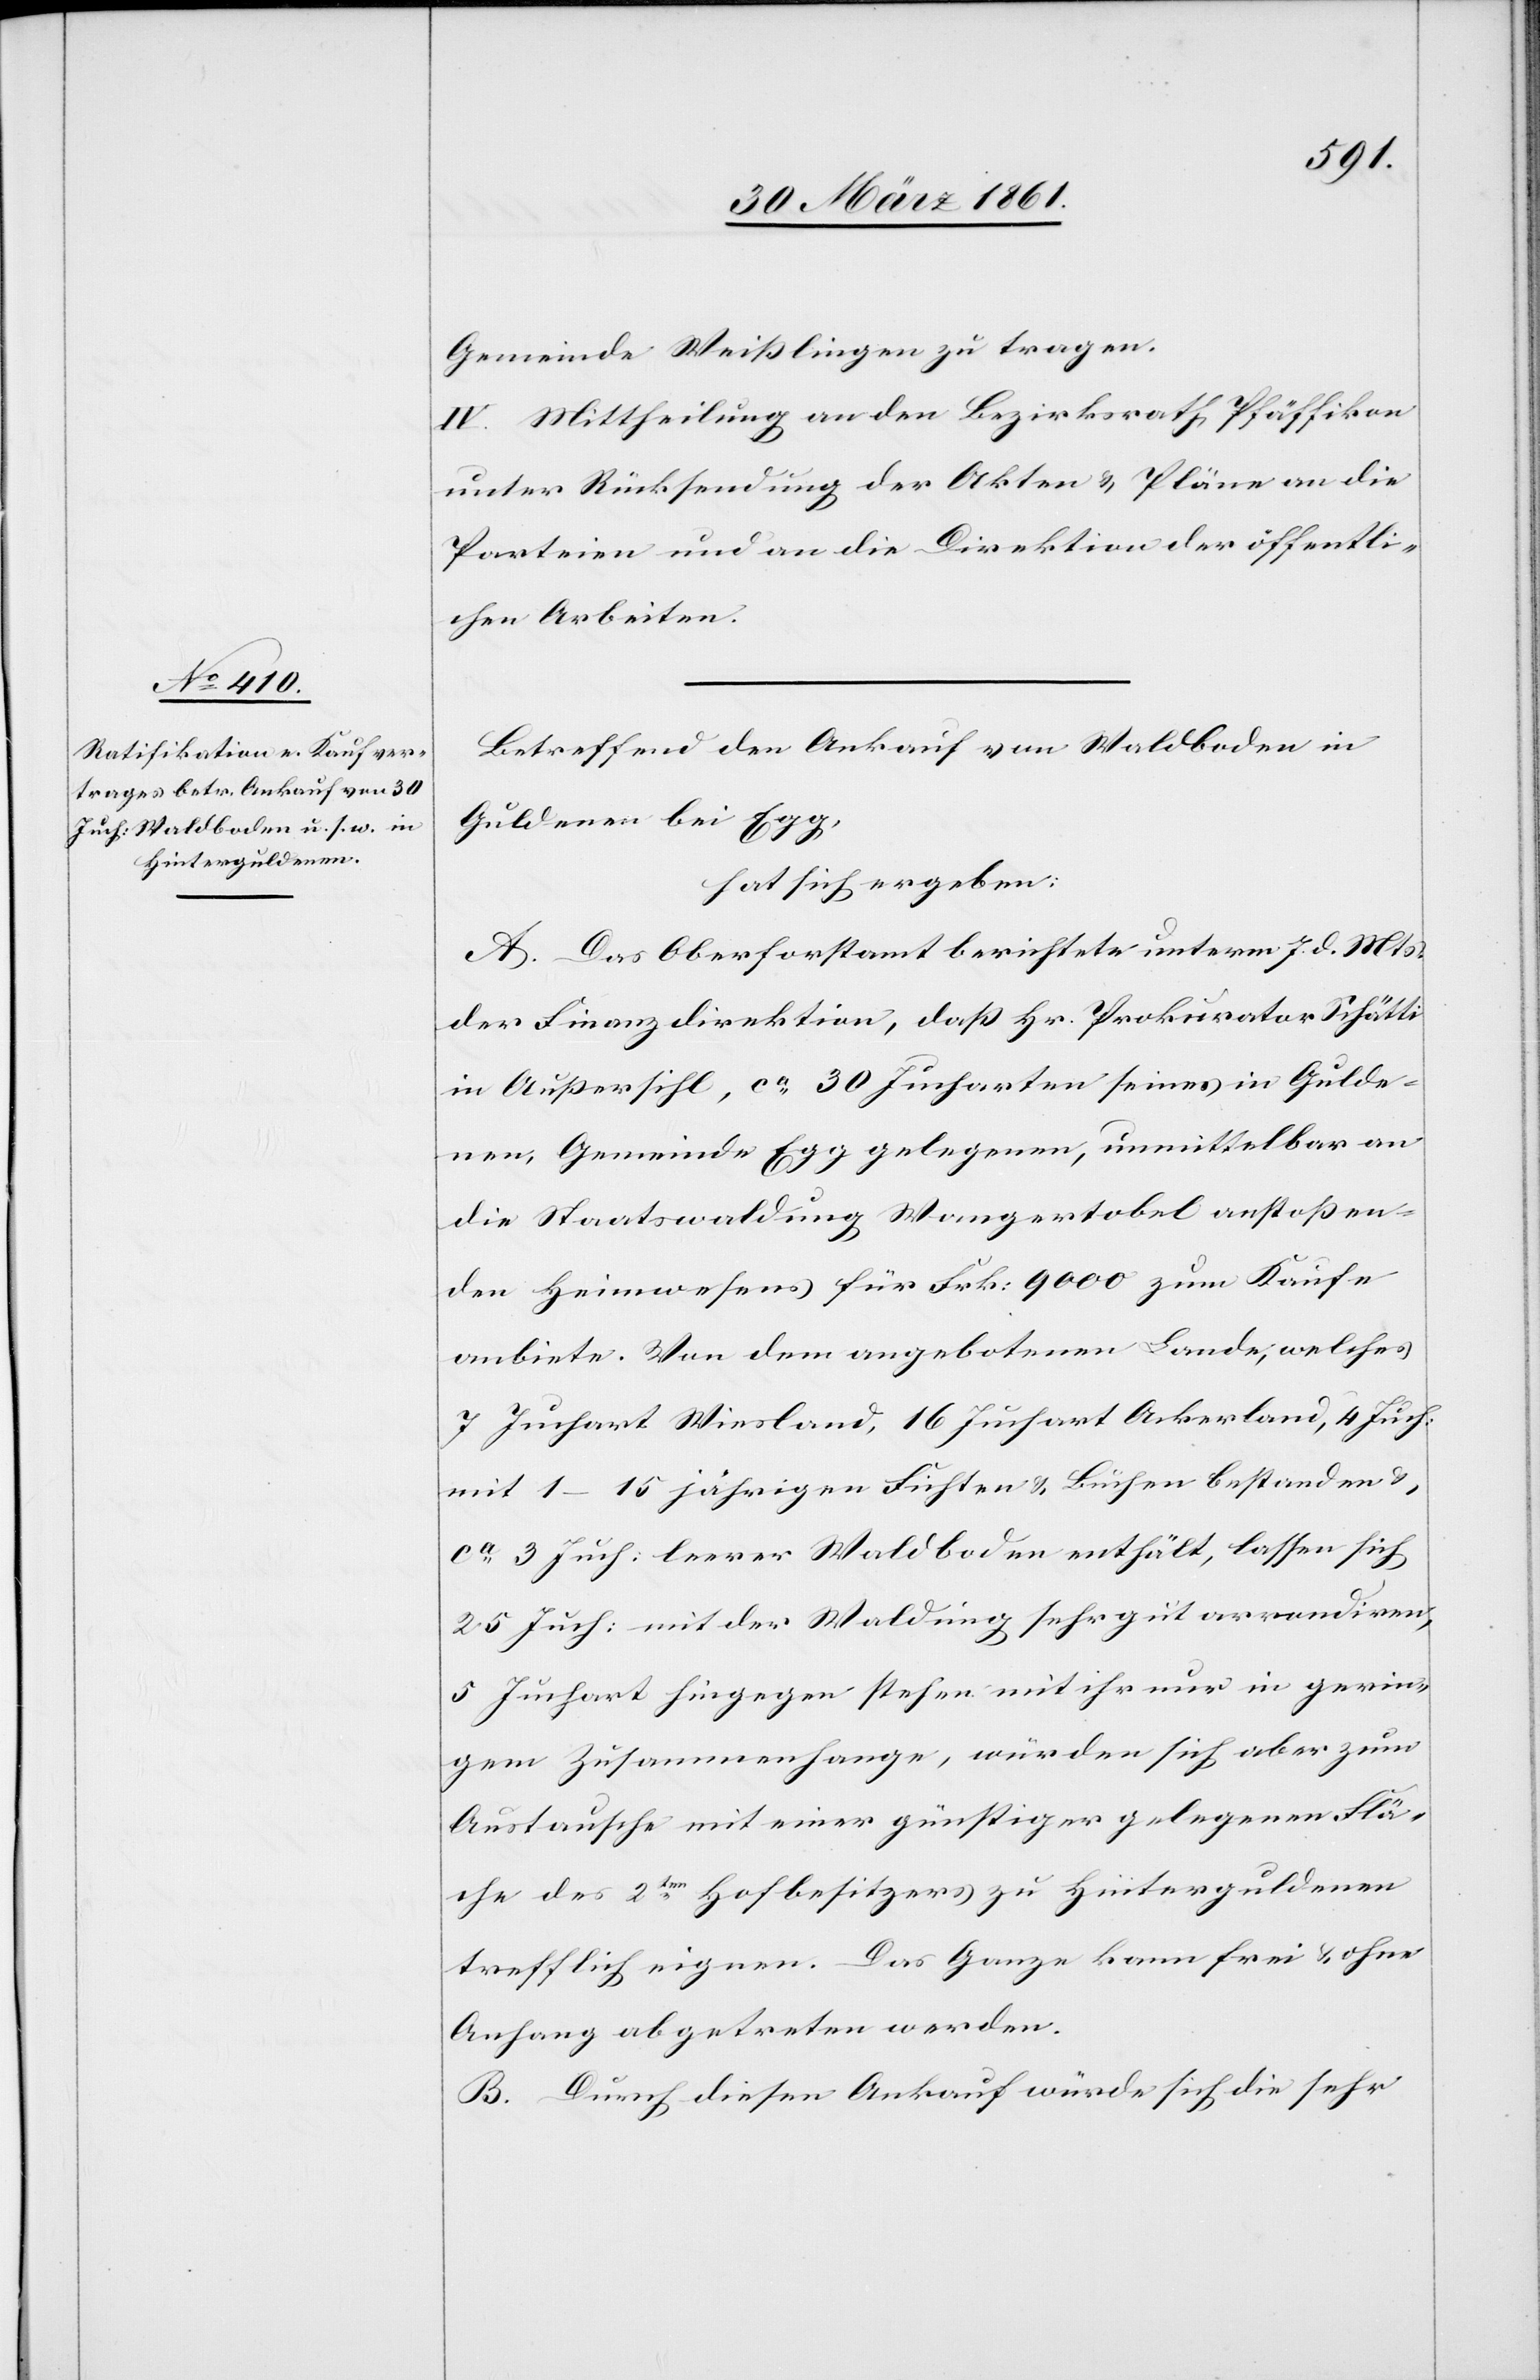
Gemeinde Weißlingen zu tragen.
IV. Mittheilung an den Bezirksrath Pfäffikon
unter Rücksendung der Akten u. Pläne an die
Parteien und an die Direktion der öffentli¬
chen Arbeiten.
Betreffend den Ankauf von Waldboden in
Guldenen bei Egg,
hat sich ergeben:
A. Das Oberforstamt berichtete unterm 7. d. Mts.
der Finanzdirektion, daß Hr. Prokurator Schätti
in Außersihl, ca 30 Jucharten seines in Gulde¬
nen, Gemeinde Egg gelegenen, unmittelbar an
die Staatswaldung Wangertobel anstoßen¬
den Heimwesens für Frk: 9000 zum Kaufe
anbiete. Von dem angebotenen Lande, welches
7 Juchart Wiesland, 16 Juchart Ackerland, 4 Juch:
mit 1–15 jährigen Fichten u. Buchen bestanden u.
ca 3 Juch. leerer Waldboden enthält, lassen sich
25 Juch: mit der Waldung sehr gut arrondiren,
5 Juchart hingegen stehen mit ihr nur in gerin¬
gem Zusammenhange, würden sich aber zum
Austausche mit einer günstiger gelegenen Flä¬
che des 2ten Hofbesitzers zu Hinterguldenen
trefflich eignen. Das Ganze kann frei u. ohne
Anhang abgetreten werden.
B. Durch diesen Ankauf würde sich die sehr